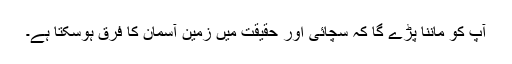
آپ کو ماننا پڑے گا کہ سچائی اور حقیقت میں زمین آسمان کا فرق ہوسکتا ہے۔